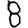
Digit: 8